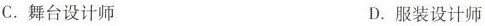
C.舞台设计师 D.服装设计师